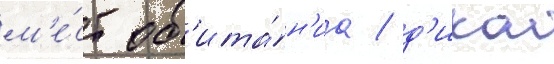
м'е́ст об'ита́н'иа / д'икои